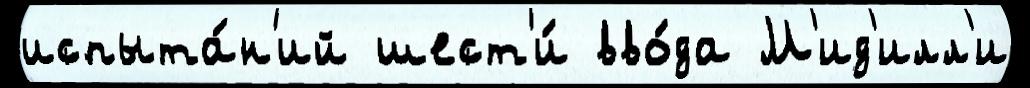
испыта́н'ий шест'и́ вво́да М'ид'илл'и